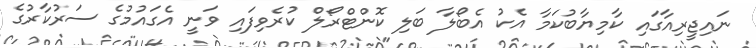
ނައިޖީރިއާގައި ކާމިޔާބުކަމާ އެކު އެބޯލާ ބަލި ކޮންޓްރޯލް ކުރެވިފައި ވަނީ އެގައުމުގެ ސަރުކާރުގެ